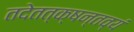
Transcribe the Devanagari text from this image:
तदेतत्क्षन्तव्यं